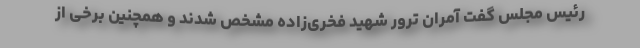
رئیس مجلس گفت آمران ترور شهید فخری‌زاده مشخص شدند و همچنین برخی از